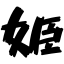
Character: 姫